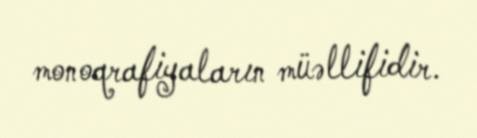
monoqrafiyaların müəllifidir.